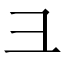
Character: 彐